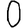
Digit: 0